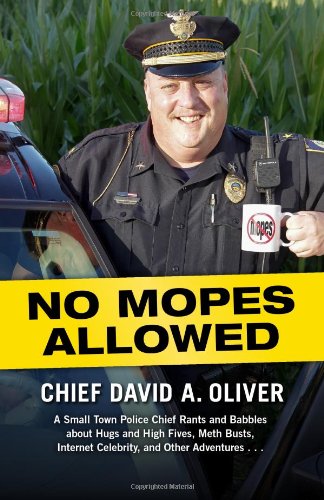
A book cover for No Mopes Allowed: A Small Town Police Chief Rants and Babbles about Hugs and High Fives, Meth Busts, Internet Celebrity, and Other Adventures . . .; David Oliver; Humor & Entertainment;